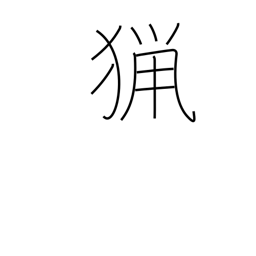
Meaning: shooting